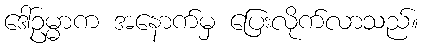
ဒေါ်ဥမ္မာက အနောက်မှ ပြေးလိုက်လာသည်။